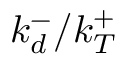
k _ { d } ^ { - } / k _ { T } ^ { + }